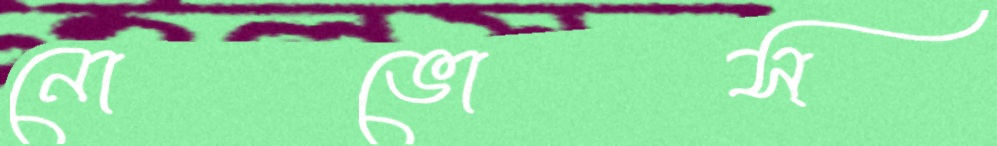
নোভোস্